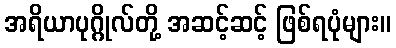
အရိယာပုဂ္ဂိုလ်တို့ အဆင့်ဆင့် ဖြစ်ရပုံများ။